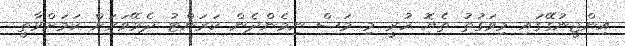
އިންޖީނުގޭގައި މިވަގުތު ތެޔޮ ހުރީ މި މަސް ނިމެންދެން ކަރަންޓު ދެވޭވަރަށް ކަމަށްވާތީ